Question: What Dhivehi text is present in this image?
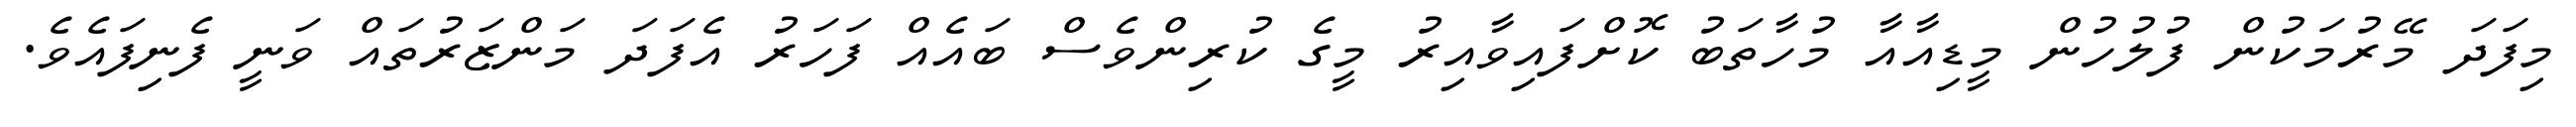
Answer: މިފަދަ މޭރުމަކުން ފުލުހުން މީޑިއާއާ މުހާތަބު ކޮށްފައިވާއިރު މީގެ ކުރިންވެސް ބައެއް ފަހަރު އެފަދަ މަންޒަރުތައް ވަނީ ފެނިފައެވެ.